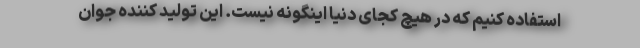
استفاده کنیم که در هیچ کجای دنیا اینگونه نیست. این تولید کننده جوان